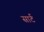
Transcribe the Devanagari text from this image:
सार्ट